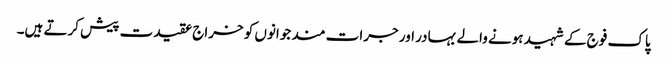
پاک فوج کے شہید ہونے والے بہادر اور جرات مند جوانوں کو خراج عقیدت پیش کرتے ہیں۔